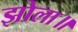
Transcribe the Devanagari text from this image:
झोला॥